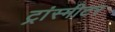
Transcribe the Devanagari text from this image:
ट्रांस्मीटर